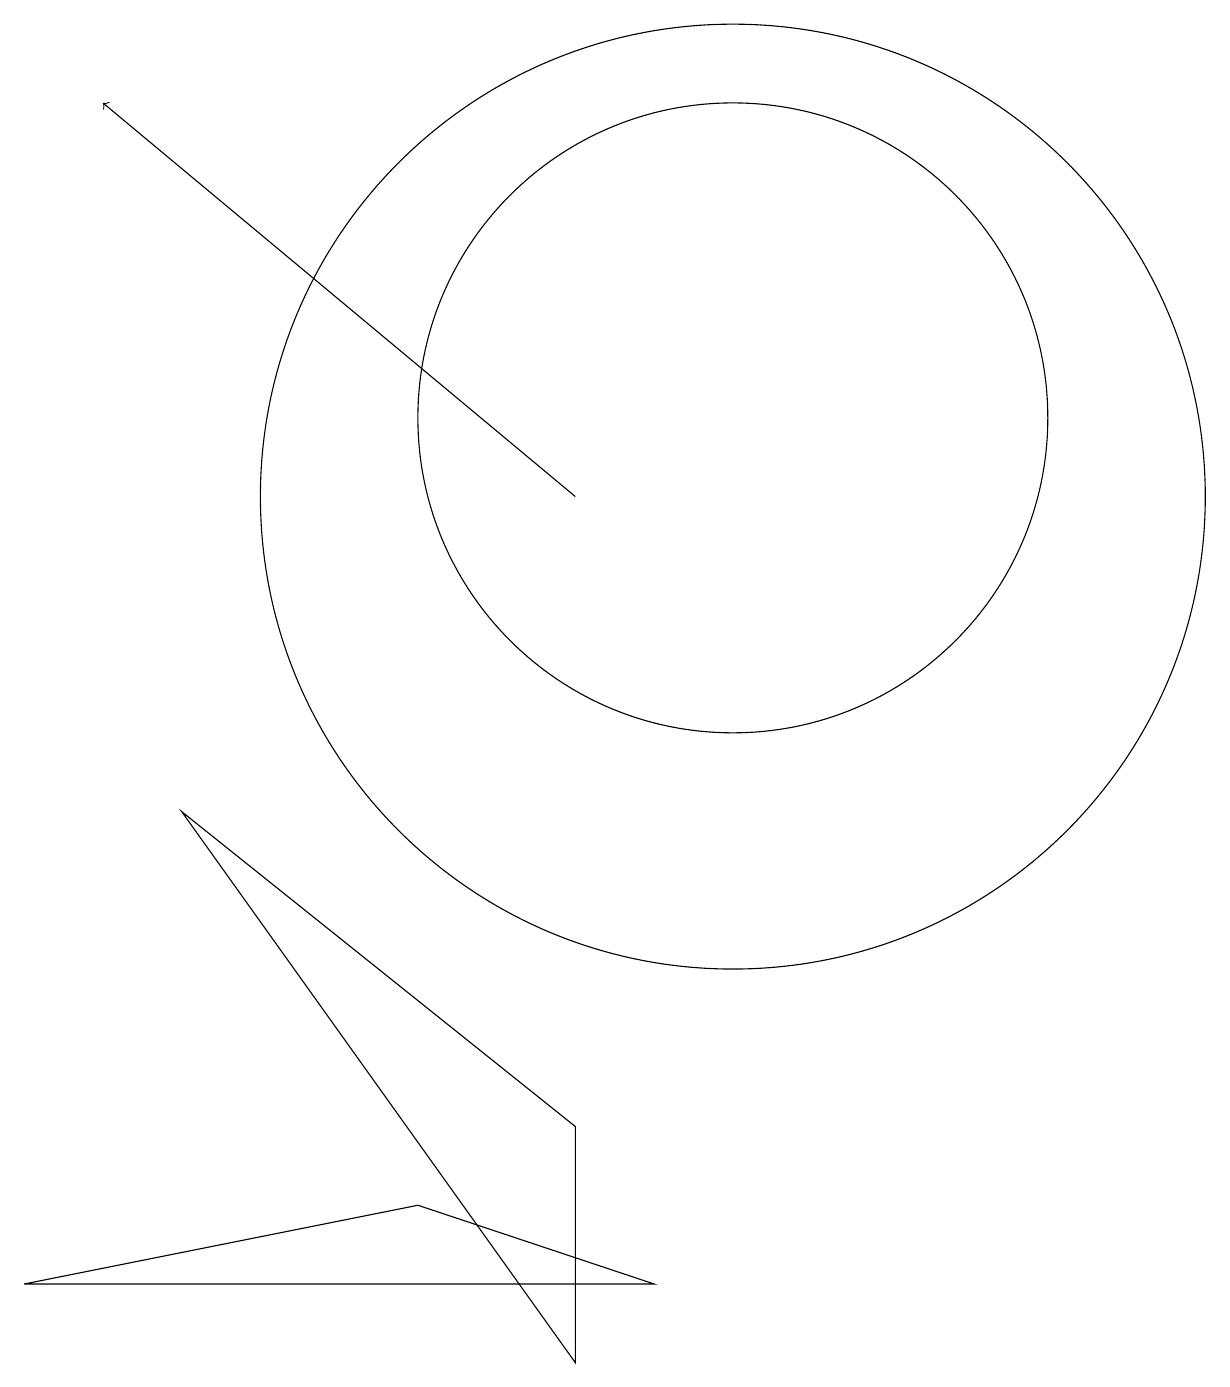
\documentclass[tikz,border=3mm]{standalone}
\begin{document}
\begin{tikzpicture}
\draw (10,12) circle (4);
\draw (8,3) -- (8,0) -- (3,7) -- cycle;
\draw (1,1) -- (6,2) -- (9,1) -- cycle;
\draw (10,11) circle (6);
\draw[->] (8,11) -- (2,16);
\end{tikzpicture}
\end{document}